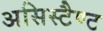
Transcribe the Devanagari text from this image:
असिस्टैण्ट